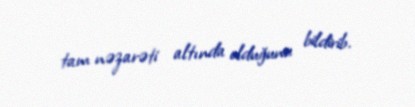
tam nəzarəti altında olduğunu bildirib.